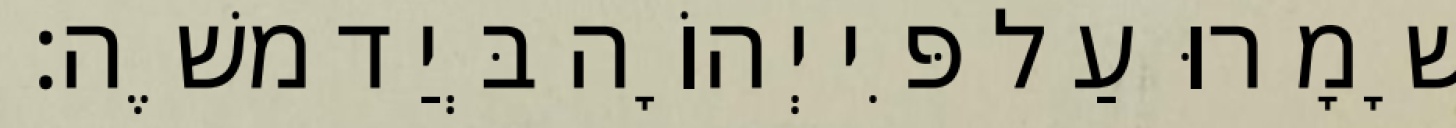
שָׁמָרוּ עַל פִּי יְהוָֹה בְּיַד משֶׁה׃